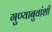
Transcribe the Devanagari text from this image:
गुण्याबुवांशी